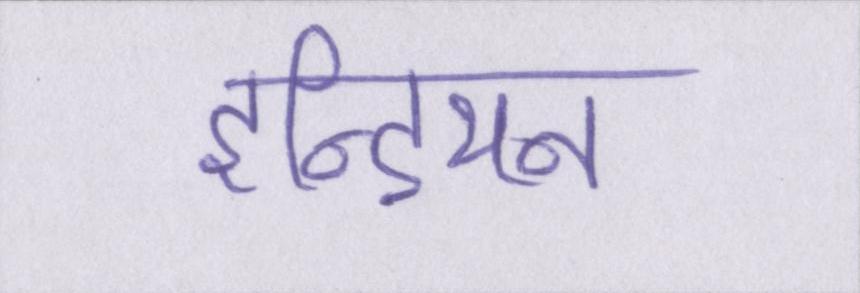
इन्डियन